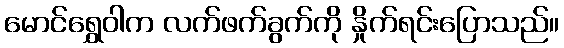
မောင်ရွှေဝါက လက်ဖက်ခွက်ကို နှိုက်ရင်းပြောသည်။